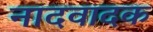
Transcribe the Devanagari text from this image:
नादवादक